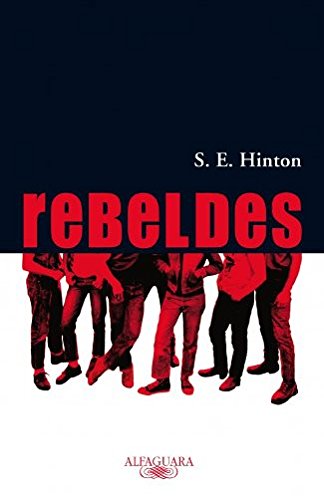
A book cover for Rebeldes (The Outsiders) (Spanish Edition); Susan E. Hinton; Children's Books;